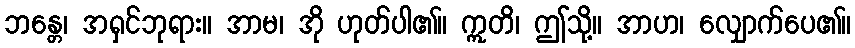
ဘန္တေ၊ အရှင်ဘုရား။ အာမ၊ အို ဟုတ်ပါ၏။ ဣတိ၊ ဤသို့။ အာဟ၊ လျှောက်ပေ၏။